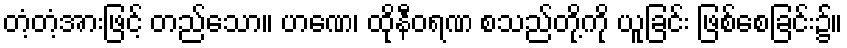
တံ့တံ့အားဖြင့် တည်သော။ ဟဏေ၊ ထိုနီဝရဏ စသည်တို့ကို ယူခြင်း ဖြစ်စေခြင်း၌။